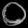
Digit: ၀